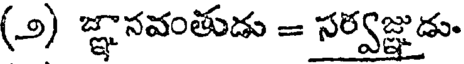
(౨) జ్ఞానవంతుడు = సర్వజ్ఞుడు